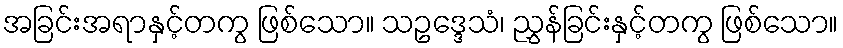
အခြင်းအရာနှင့်တကွ ဖြစ်သော။ သဥဒ္ဒေသံ၊ ညွှန်ခြင်းနှင့်တကွ ဖြစ်သော။